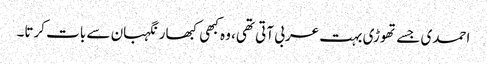
احمدی جسے تھوڑی بہت عربی آتی تھی، وہ کبھی کبھار نگہبان سے بات کرتا۔